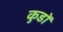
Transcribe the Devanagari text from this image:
कुडों